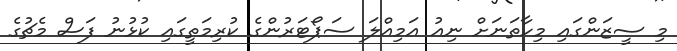
މި ސީޒަންގައި މިހާތަނަށް ނިއު އަމިއްލަ ސަޕޯޓަރުންގެ ކުރިމަތީގައި ކުޅުނު ފަސް މެޗުގެ